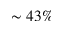
\sim 4 3 \%